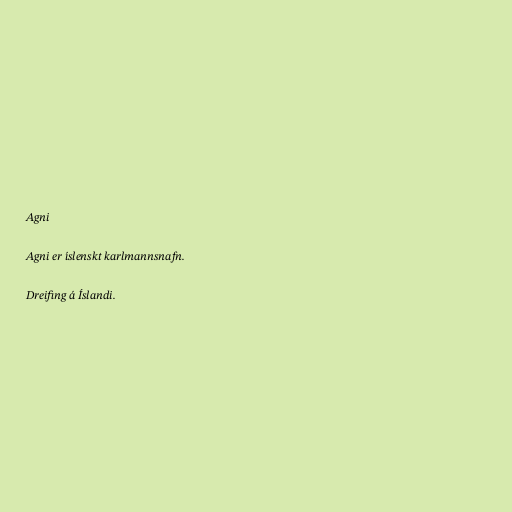
Agni

Agni er íslenskt karlmannsnafn.

Dreifing á Íslandi.